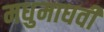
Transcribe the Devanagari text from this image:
मधुमाधवी